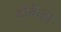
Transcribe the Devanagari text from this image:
टोकैडो